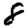
Digit: 8